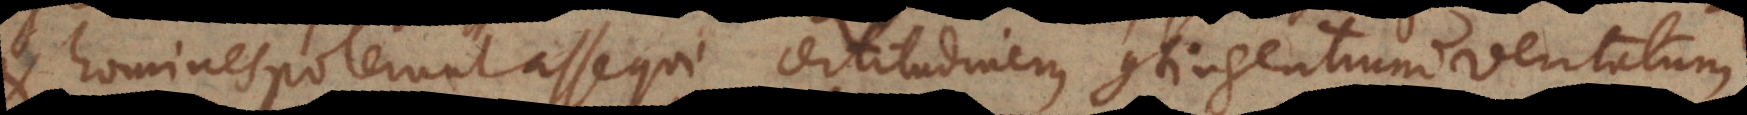
homines poterunt assequi certitudinem contingentium veritatum.